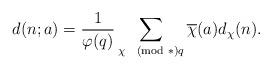
LaTeX: \begin{align*}d(n;a)=\frac1{\varphi(q)}\sum_{\chi\pmod*{q}}\overline\chi(a)d_\chi(n).\end{align*}